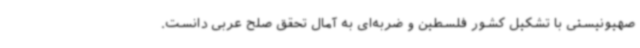
صهیونیستی با تشکیل کشور فلسطین و ضربه‌ای به آمال تحقق صلح عربی دانست.